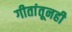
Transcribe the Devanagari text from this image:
गीतांतूनही